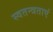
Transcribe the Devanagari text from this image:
स्वतन्त्रताएं